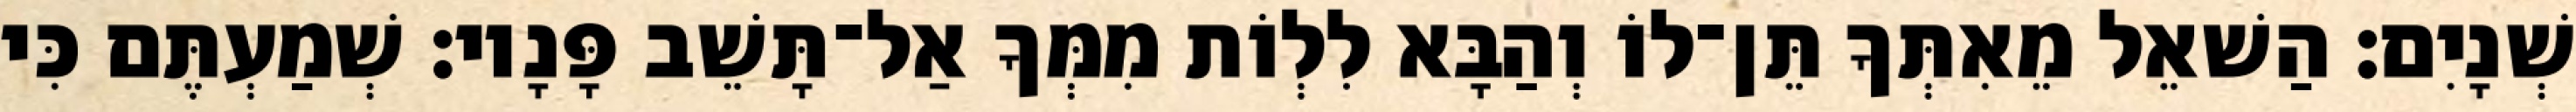
שְׁנָיִם׃ הַשׁאֵל מֵאִתְּךָ תֵּן־לוֹ וְהַבָּא לִלְוֹת מִמְּךָ אַל־תָּשֵׁב פָּנָיו׃ שְׁמַעְתֶּם כִּי